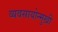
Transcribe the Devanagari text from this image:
व्यवसायोन्मुखी